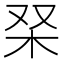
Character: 𭩞